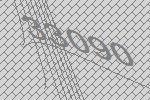
33090